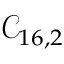
\mathcal { C } _ { 1 6 , 2 }